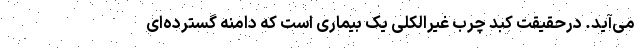
می‌آید. درحقیقت کبد چرب غیرالکلی یک بیماری است که دامنه گسترده‌ای